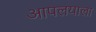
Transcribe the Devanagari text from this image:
आपलयाला